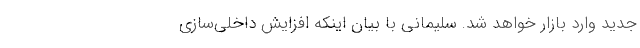
جدید وارد بازار خواهد شد. سلیمانی با بیان اینکه افزایش داخلی‌سازی